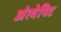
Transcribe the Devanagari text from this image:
अंत्येषिट